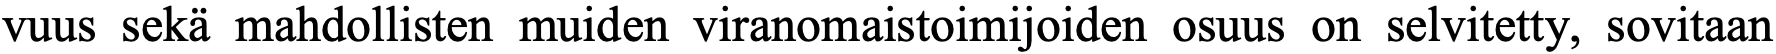
vuus sekä mahdollisten muiden viranomaistoimijoiden osuus on selvitetty, sovitaan